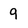
Character: 9